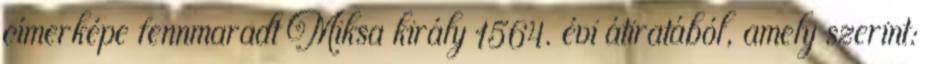
címerképe fennmaradt Miksa király 1564. évi átiratából, amely szerint: